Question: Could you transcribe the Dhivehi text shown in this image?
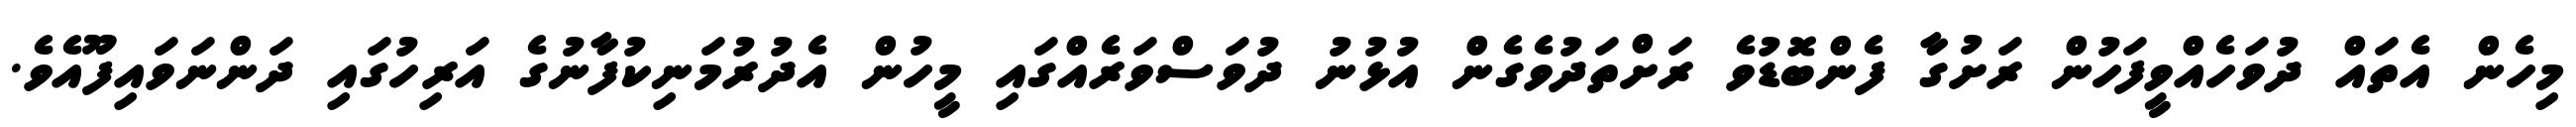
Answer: މިހެން އެތައް ދުވަހެއްވީފަހުން ރަށުގާ ފެންބޮޑުވެ ރަށްތަދުވެގެން އުޅުނު ދުވަސްވަރެއްގައި މީހުން އެދުރުމަނިކުފާނުގެ އަރިހުގައި ދަންނަވައިފޫއެވެ.